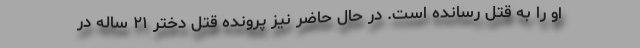
او را به قتل رسانده است. در حال حاضر نیز پرونده قتل دختر ۲۱ ساله در